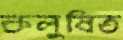
কলুষিত